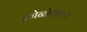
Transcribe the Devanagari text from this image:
क्रोनोग्राफ